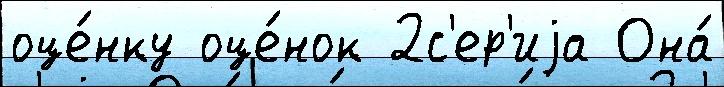
оце́нку оце́нок 2с'ер'иjа Она́